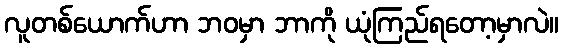
လူတစ်ယောက်ဟာ ဘဝမှာ ဘာကို ယုံကြည်ရတော့မှာလဲ။